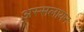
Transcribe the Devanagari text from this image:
अस्सलायन